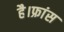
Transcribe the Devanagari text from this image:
है।फ्रांस